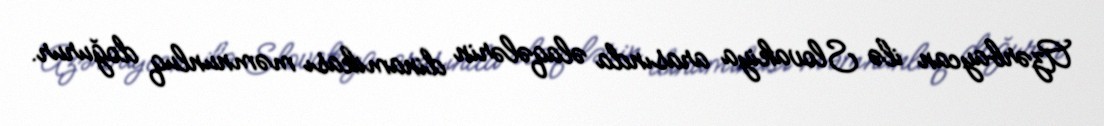
Azərbaycan ilə Slovakiya arasında əlaqələrin dinamikası məmnunluq doğurur.